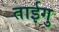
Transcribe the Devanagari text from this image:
ताईगु